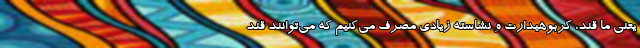
یعنی ما قند، کربوهیدارت و نشاسته زیادی مصرف می‌کنیم که می‌توانند قند